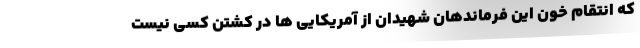
که انتقام خون این فرماندهان شهیدان از آمریکایی ها در کشتن کسی نیست